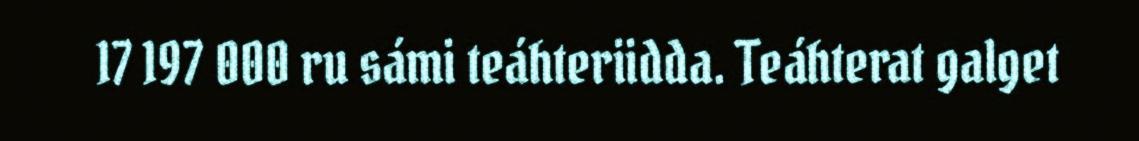
17 197 000 ru sámi teáhteriidda. Teáhterat galget